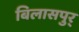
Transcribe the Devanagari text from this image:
बिलासपुर्